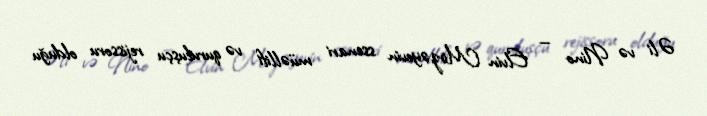
Əli və Nino — Elvin Mirzəyevin ssenari müəllifi və quruluşçu rejissoru olduğu